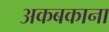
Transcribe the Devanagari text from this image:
अकबकाना